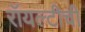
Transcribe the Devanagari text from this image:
रॉयल्टीची